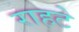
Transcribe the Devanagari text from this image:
राहटे